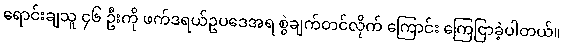
ရောင်းချသူ ၄၆ ဦးကို ဖက်ဒရယ်ဥပဒေအရ စွဲချက်တင်လိုက် ကြောင်း ကြေငြာခဲ့ပါတယ်။